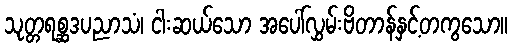
သုတ္တရစ္ဆဒပညာသံ၊ ငါးဆယ်သော အပေါ်လွှမ်းဗိတာန်နှင့်တကွသော။